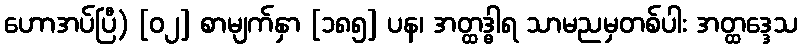
ဟောအပ်ပြီ) [၀၂] စာမျက်နှာ [၁၈၅] ပန၊ အတ္ထဒ္ဓါရ သာမညမှတစ်ပါး အတ္ထဒ္ဒေသ